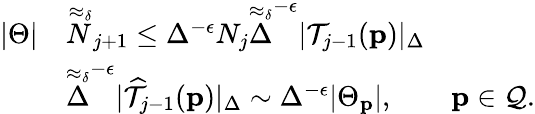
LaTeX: \begin{array}{rl}{|\Theta|}&{\stackrel{\approx_{\delta}}N_{j+1}\leq\Delta^{-\epsilon}N_{j}\stackrel{\approx_{\delta}}\Delta^{-\epsilon}|\mathcal{T}_{j-1}(\mathbf{p})|_{\Delta}}\\ &{\stackrel{\approx_{\delta}}\Delta^{-\epsilon}|\widehat{\mathcal{T}}_{j-1}(\mathbf{p})|_{\Delta}\sim\Delta^{-\epsilon}|\Theta_{\mathbf{p}}|,\qquad\mathbf{p}\in\mathcal{Q}.}\end{array}